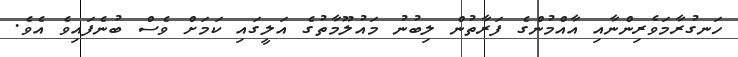
ހަނގުރާމަވެރިންނާއި އާއްމުންގެ ފަރާތުން ލިބުނު މައުލޫމާތުގެ އަލީގައި ކަމަށް ވެސް ބުނެފައިވެ އެވެ.